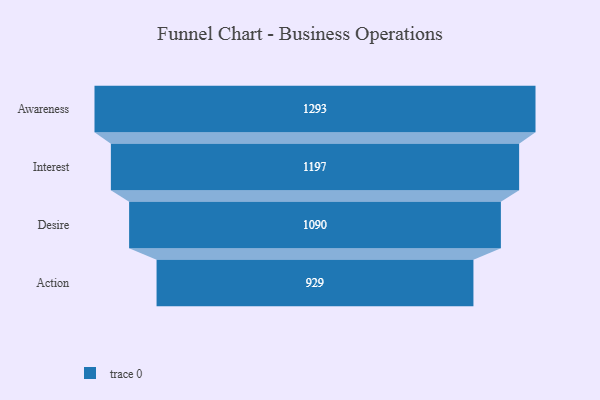
{"axis": {"x": "Stage", "y": "Value"}, "legend": [""], "data": [{"x": "Awareness", "y": 1293.0, "type": ""}, {"x": "Interest", "y": 1197.0, "type": ""}, {"x": "Desire", "y": 1090.0, "type": ""}, {"x": "Action", "y": 929.0, "type": ""}]}